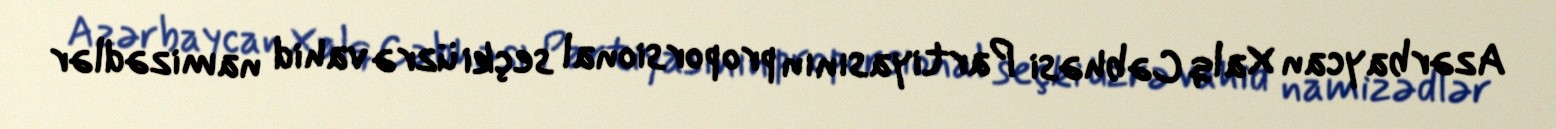
Azərbaycan Xalq Cəbhəsi Partiyasının proporsional seçki üzrə vahid namizədlər